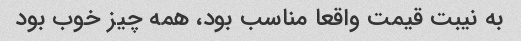
به نیبت قیمت واقعا مناسب بود، همه چیز خوب بود